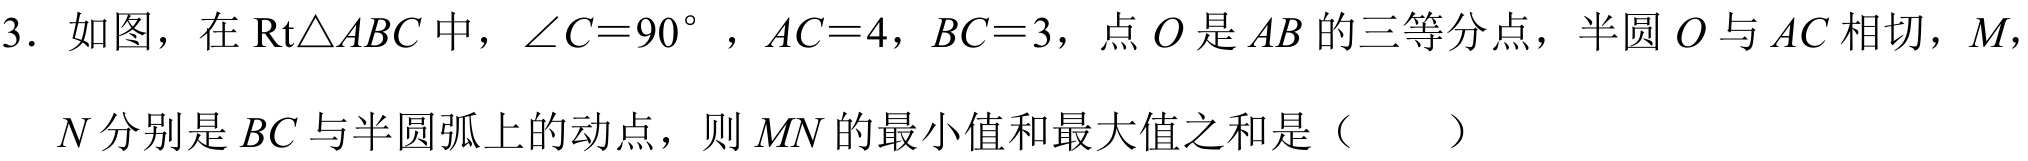
3. 如图，在$\text{Rt}\triangle ABC$中，$\angle C = 90^{\circ}$，$AC = 4$，$BC = 3$，点$O$是$AB$的三等分点，半圆$O$与$AC$相切，$M$，
$N$分别是$BC$与半圆弧上的动点，则$MN$的最小值和最大值之和是（  ）